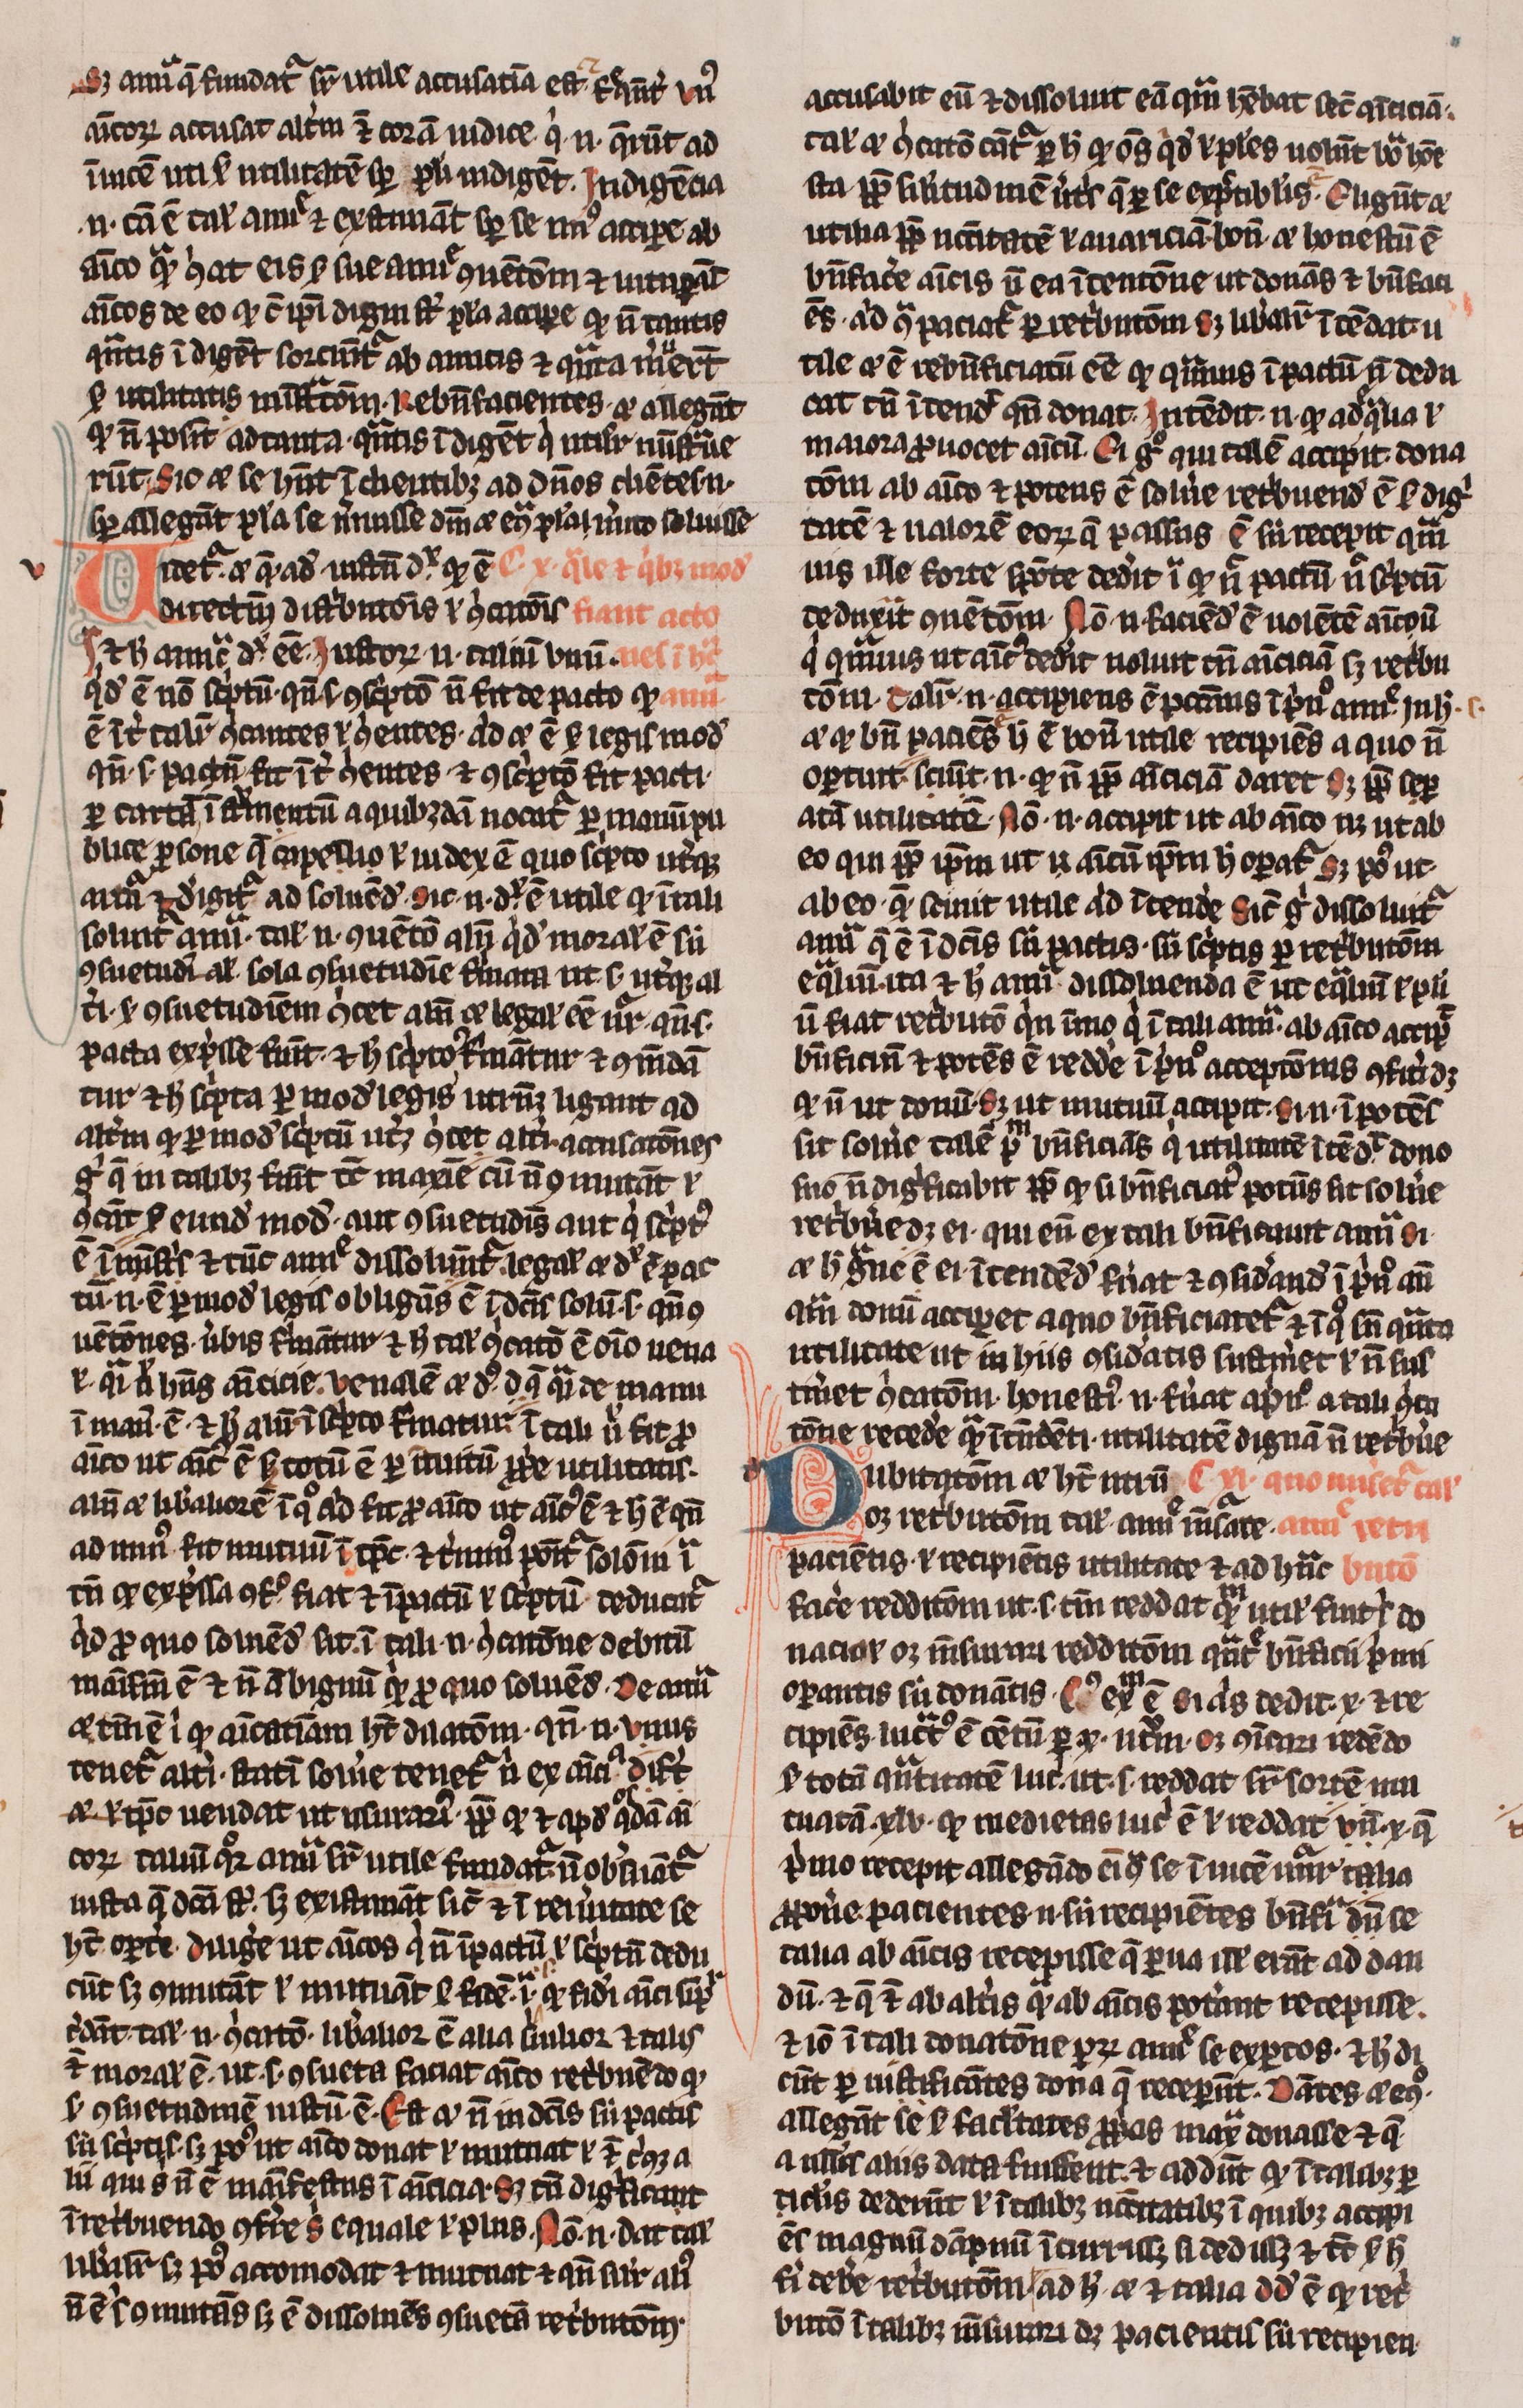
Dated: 1300–1399